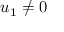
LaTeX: u _ { 1 } \neq 0